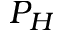
P _ { H }